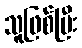
သူဖြစ်ပြီး